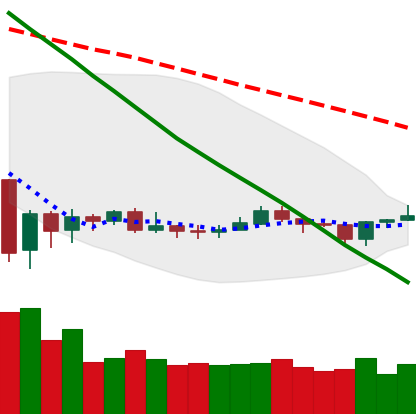
Ticker: XRP-USD
Chart end date: 2020-01-05
Forward return: 8.576%
Label: up_7plus